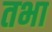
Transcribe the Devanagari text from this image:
तभा